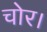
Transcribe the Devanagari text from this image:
चोर।